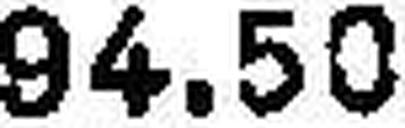
94.50